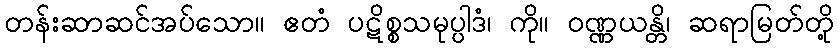
တန်းဆာဆင်အပ်သော။ ဧတံ ပဋိစ္စသမုပ္ပါဒံ၊ ကို။ ဝဏ္ဏယန္တိ၊ ဆရာမြတ်တို့